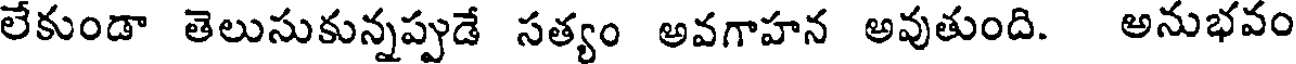
లేకుండా తెలుసుకున్నప్పుడే సత్యం అవగాహన అవుతుంది. అనుభవం